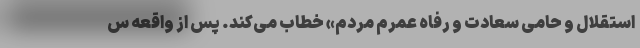
استقلال و حامی سعادت و رفاه عمرم مردم» خطاب می‌کند. پس از واقعه س